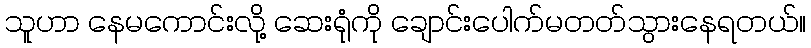
သူဟာ နေမကောင်းလို့ ဆေးရုံကို ချောင်းပေါက်မတတ်သွားနေရတယ်။